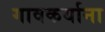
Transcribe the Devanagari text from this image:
गावकर्याना